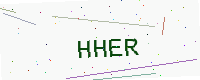
Text: HHER